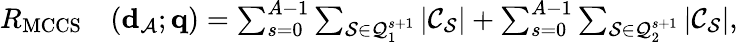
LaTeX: \begin{array}{rl}{R_{\mathrm{MCCS}}}&{({\mathbf d}_{\cal A};{\mathbf q})={\sum_{s=0}^{A-1}\sum_{{\cal S}\in{\cal Q}_{1}^{s+1}}|{\cal C}_{\cal S}|}+{\sum_{s=0}^{A-1}\sum_{{\cal S}\in{\cal Q}_{2}^{s+1}}|{\cal C}_{\cal S}|},}\end{array}